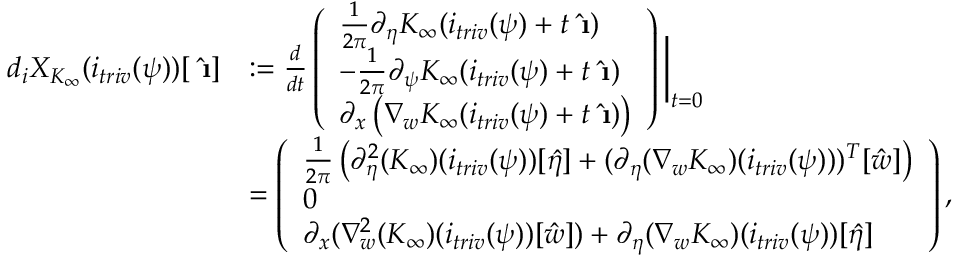
\begin{array} { r l } { d _ { i } X _ { K _ { \infty } } ( i _ { t r i v } ( \psi ) ) [ \hat { \textbf { \i } } ] } & { : = \frac { d } { d t } \left( \begin{array} { l } { \frac { 1 } { 2 \pi } \partial _ { \eta } K _ { \infty } ( i _ { t r i v } ( \psi ) + t \hat { \textbf { \i } } ) } \\ { - \frac { 1 } { 2 \pi } \partial _ { \psi } K _ { \infty } ( i _ { t r i v } ( \psi ) + t \hat { \textbf { \i } } ) } \\ { \partial _ { x } \left( \nabla _ { w } K _ { \infty } ( i _ { t r i v } ( \psi ) + t \hat { \textbf { \i } } ) \right) } \end{array} \right) \bigg | _ { t = 0 } } \\ & { = \left( \begin{array} { l } { \frac { 1 } { 2 \pi } \left( \partial _ { \eta } ^ { 2 } ( K _ { \infty } ) ( i _ { t r i v } ( \psi ) ) [ \hat { \eta } ] + ( \partial _ { \eta } ( \nabla _ { w } K _ { \infty } ) ( i _ { t r i v } ( \psi ) ) ) ^ { T } [ \hat { w } ] \right) } \\ { 0 } \\ { \partial _ { x } ( \nabla _ { w } ^ { 2 } ( K _ { \infty } ) ( i _ { t r i v } ( \psi ) ) [ \hat { w } ] ) + \partial _ { \eta } ( \nabla _ { w } K _ { \infty } ) ( i _ { t r i v } ( \psi ) ) [ \hat { \eta } ] } \end{array} \right) , } \end{array}